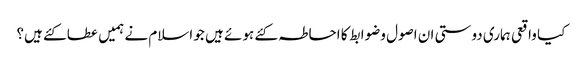
کیا واقعی ہماری دوستی ان اصول وضوابط کا احاطہ کئے ہوئے ہیں جو اسلام نے ہمیں عطا کئے ہیں؟